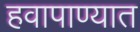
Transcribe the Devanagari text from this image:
हवापाण्यात